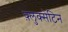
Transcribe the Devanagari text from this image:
फ़्लुक्सेटिन